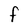
Character: F